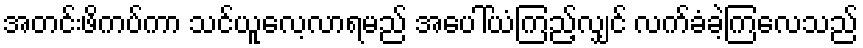
အတင်းဖိကပ်ကာ သင်ယူလေ့လာရမည် အပေါ်ယံကြည့်လျှင် လက်ခံခဲ့ကြလေသည်